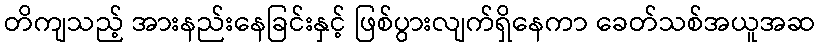
တိကျသည့် အားနည်းနေခြင်းနှင့် ဖြစ်ပွားလျက်ရှိနေကာ ခေတ်သစ်အယူအဆ